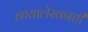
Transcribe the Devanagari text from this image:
छायालेखनही